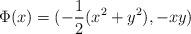
LaTeX: \begin{align*}\Phi(x)=(-\frac12(x^2+y^2),-xy)\end{align*}